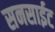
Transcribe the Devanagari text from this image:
सनसाईट